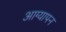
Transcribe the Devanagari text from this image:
आग्यापन